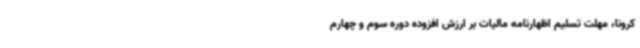
کرونا، مهلت تسلیم اظهارنامه مالیات بر ارزش افزوده دوره سوم و چهارم